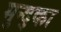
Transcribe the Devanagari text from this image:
मुन्द्का